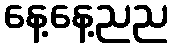
နေ့နေ့ညည